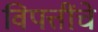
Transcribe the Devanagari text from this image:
विपत्तींचे